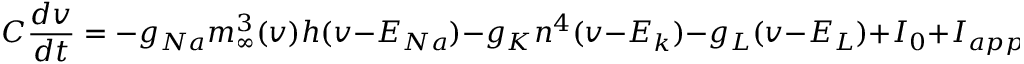
C \frac { d v } { d t } = - g _ { N a } m _ { \infty } ^ { 3 } ( v ) h ( v - E _ { N a } ) - g _ { K } n ^ { 4 } ( v - E _ { k } ) - g _ { L } ( v - E _ { L } ) + I _ { 0 } + I _ { a p p } ,